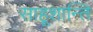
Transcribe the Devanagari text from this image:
साहूशान्ति